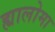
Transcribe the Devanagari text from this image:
ह्यालोमा